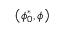
\left( \phi _ { 0 } ^ { * } , \phi \right)